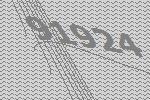
91924